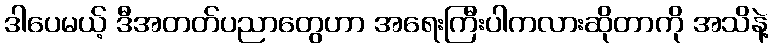
ဒါပေမယ့် ဒီအတတ်ပညာတွေဟာ အရေးကြီးပါကလားဆိုတာကို အသိနဲ့